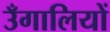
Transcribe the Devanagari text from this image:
उँगालियों